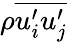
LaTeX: {\rho}\overline{{u_{i}^{\prime}u_{j}^{\prime}}}